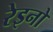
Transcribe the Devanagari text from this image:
रेइनो